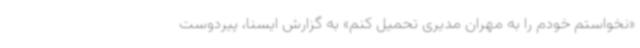
«نخواستم خودم را به مهران مدیری تحمیل کنم» به گزارش ایسنا، پیردوست